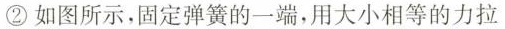
②如图所示，固定弹簧的一端，用大小相等的力拉